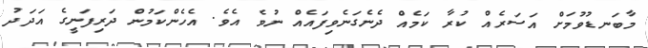
މާބަނޑުވުމަށް އަސަރެއް ކުރާ ކަމެއް ދެނެގަނެވިފައެއް ނުވެ އެވެ. އެހެންކަމުން ދަރިފަނީގެ އަދަދު